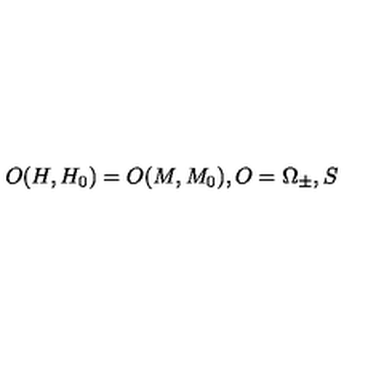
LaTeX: O ( H , H _ { 0 } ) = O ( M , M _ { 0 } ) , O = \Omega _ { \pm } , S